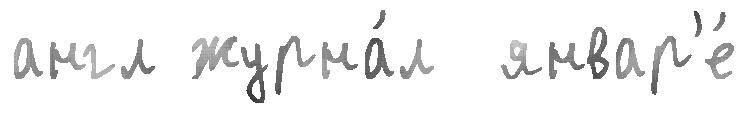
англ журна́л  январ'е́